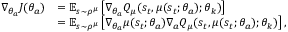
\begin{array} { r l } { \nabla _ { \theta _ { a } } J ( \theta _ { a } ) } & { = \mathbb { E } _ { s \sim \rho ^ { \mu } } \left[ \nabla _ { \theta _ { a } } { { Q } } _ { \mu } ( s _ { t } , \mu ( s _ { t } ; \theta _ { a } ) ; \theta _ { k } ) \right] } \\ & { = \mathbb { E } _ { s \sim \rho ^ { \mu } } \left[ \nabla _ { \theta _ { a } } \mu ( s _ { t } ; \theta _ { a } ) \nabla _ { a } { { Q } } _ { \mu } ( s _ { t } , \mu ( s _ { t } ; \theta _ { a } ) ; \theta _ { k } ) \right] , } \end{array}